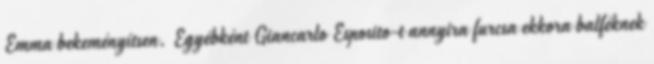
Emma bekeményítsen. Egyébként Giancarlo Esposito-t annyira furcsa ekkora balféknek